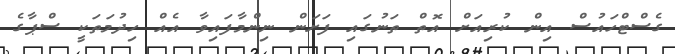
ގެސްޓްހައުސް އިން ކުރިއަށް އޮތް ތަނުގައި ފަށަން ނިންމާފައިވާ އެއް ހިދުމަތަކީ ސްޕާގެ